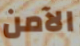
الآمن